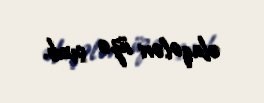
əlaqələri üzə çıxıb.